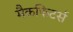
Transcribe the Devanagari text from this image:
मैकफिटर्स